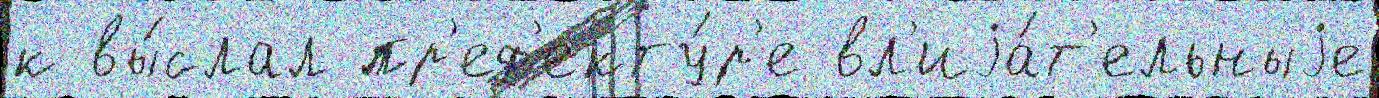
к вы́слал пр'еф'екту́р'е вл'иjа́т'ельныjе